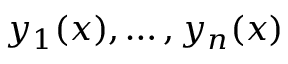
y _ { 1 } ( x ) , \ldots , y _ { n } ( x )